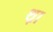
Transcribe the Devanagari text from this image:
थ़ा